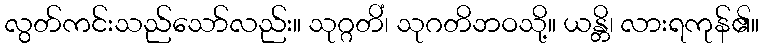
လွတ်ကင်းသည်သော်လည်း။ သုဂ္ဂတိံ၊ သုဂတိဘဝသို့။ ယန္တိ၊ လားရကုန်၏။